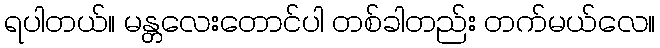
ရပါတယ်။ မန္တလေးတောင်ပါ တစ်ခါတည်း တက်မယ်လေ။